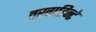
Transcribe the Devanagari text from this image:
तरवाडिन्टे